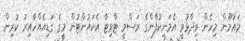
މައުމޫން މިހެން ވިދާޅުވީ އެމަނިކުފާންގެ ރަސްމީ ޓްވިޓާ އެކައުންޓުން މީގެ ގަޑިއެއްހާއިރު ކުރިން